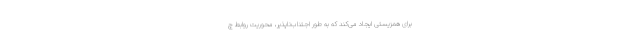
برای همزیستی ایجاد می‌کند که به طور اجتناب‌ناپذیر، محوریت روابط چ